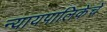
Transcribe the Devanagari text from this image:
न्यायपालिकेचे